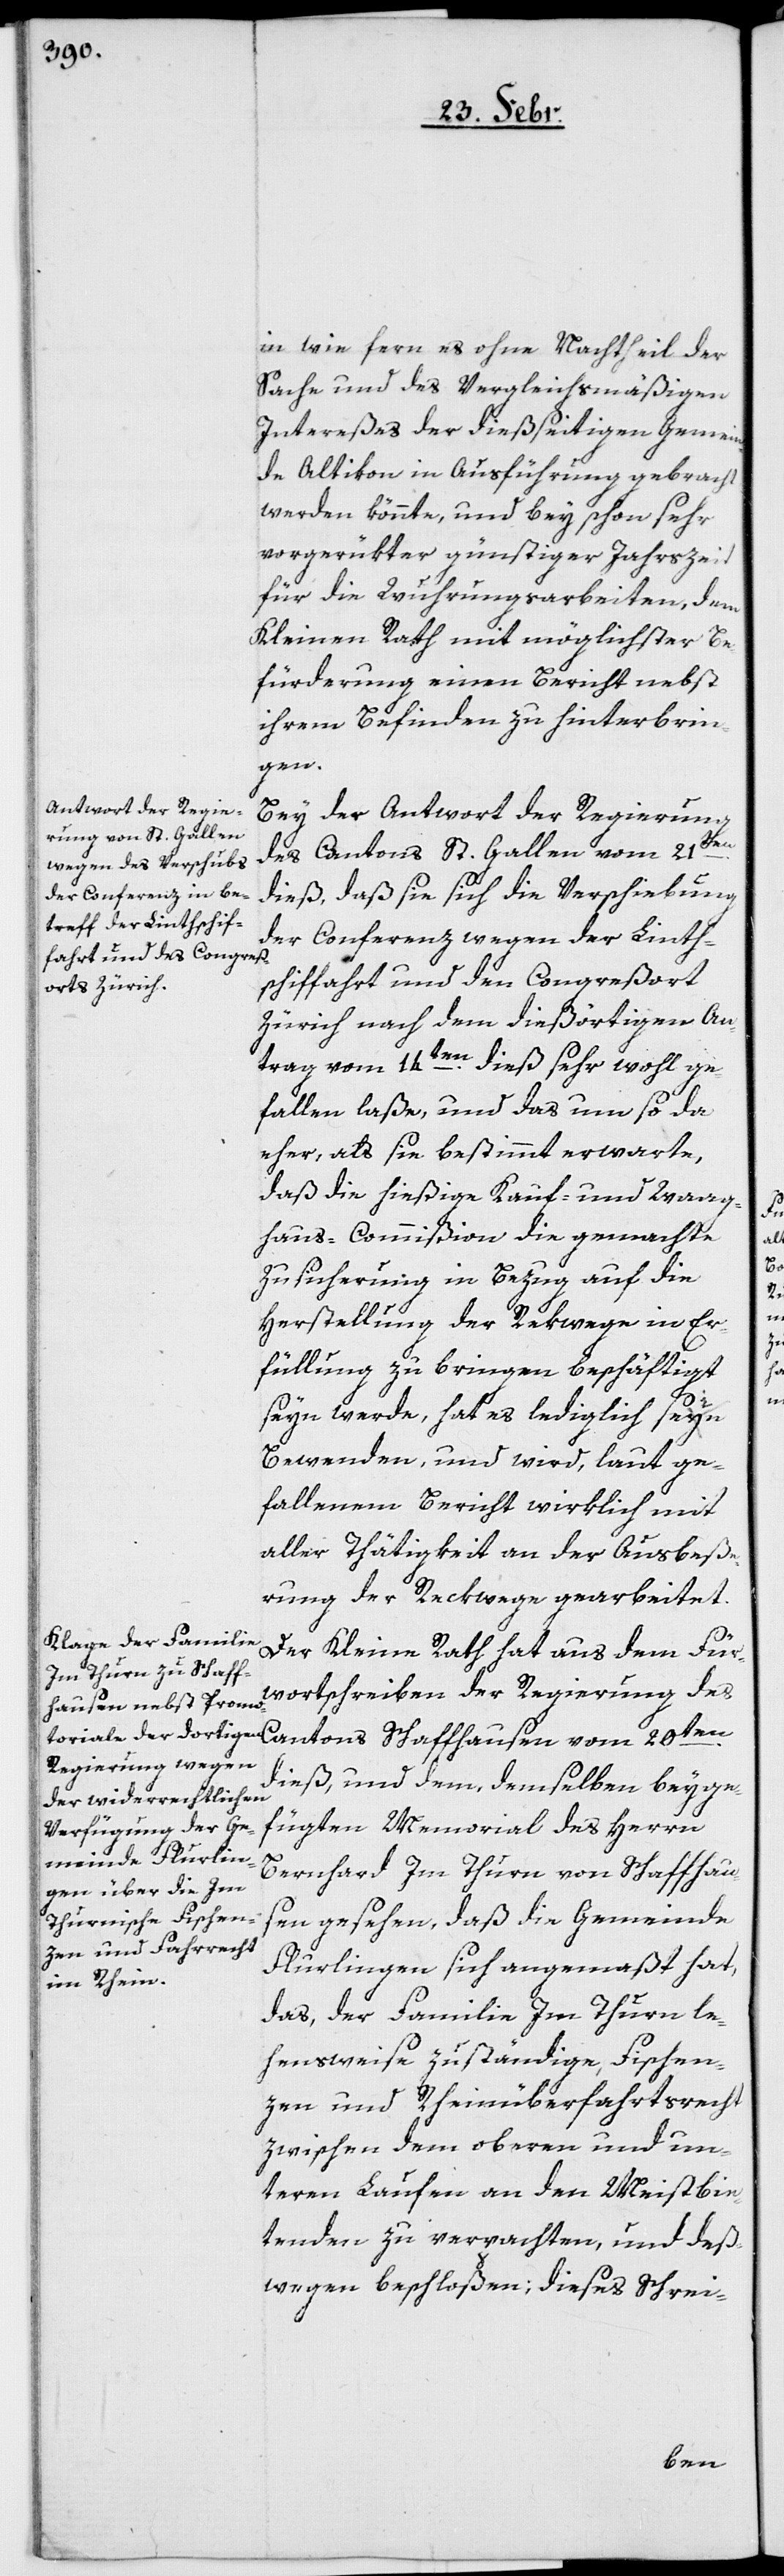
in wie fern es ohne Nachtheil der
Sache und des Vergleichsmäßigen
Intereßes der dießseitigen Gemein¬
de Altikon in Ausführung gebracht
werden könnte, und bey schon sehr
vorgerükter günstiger Jahrszeit
für die Wuhrungsarbeiten, dem
Kleinen Rath mit möglichster Be¬
fürderung einen Bericht nebst
ihrem Befinden zu hinterbrin¬
gen.
Bey der Antwort der Regierung
des Cantons St. Gallen vom 21ten
dieß, daß sie sich die Verschiebung
der Conferenz wegen der Linth¬
schiffahrt und den Congreßort
Zürich nach dem dießörtigen An¬
trag vom 14ten. dieß sehr wohl ge¬
fallen laße, und das um so da
eher, als sie bestimmt erwarte,
daß die hießige Kauf- und Waag¬
haus-Commißion die gemachte
Zusicherung in Bezug auf die
Herstellung der Rekwege in Er¬
füllung zu bringen beschäftigt
seyn werde, hat es lediglich sein
Bewenden, und wird, laut ge¬
fallenem Bericht wirklich mit
aller Tätigkeit an der Ausbeße¬
rung der Reckwege gearbeitet.
Der Kleine Rath hat aus dem Für¬
wortschreiben der Regierung des
Cantons Schaffhausen vom 20ten.
dieß, und dem, demselben beyge¬
fügten Memorial des Herrn
Bernhard Im Thurn von Schaffhau¬
sen gesehen, daß die Gemeinde
Flurlingen sich angemaßt hat,
das, der Familie Im Thurn le¬
hensweise zuständige Fischen¬
zen und Rheinüberfahrtsrecht
zwischen dem oberen und un¬
teren Laufen an den Meistbie¬
tenden zu verpachten, und deß¬
wegen beschloßen; dieses Schrei-